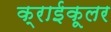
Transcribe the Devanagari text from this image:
क्राईकूलर